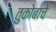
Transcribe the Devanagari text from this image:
तुकोबाचे